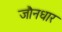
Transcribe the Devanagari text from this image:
जौनधार